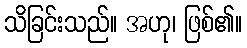
သိခြင်းသည်။ အဟု၊ ဖြစ်၏။